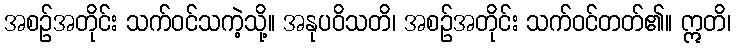
အစဉ်အတိုင်း သက်ဝင်သကဲ့သို့။ အနုပဝိသတိ၊ အစဉ်အတိုင်း သက်ဝင်တတ်၏။ ဣတိ၊